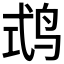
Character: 𪉅